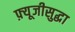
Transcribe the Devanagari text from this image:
फ़्यूजीसुद्धा